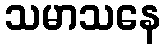
သမာသနေ